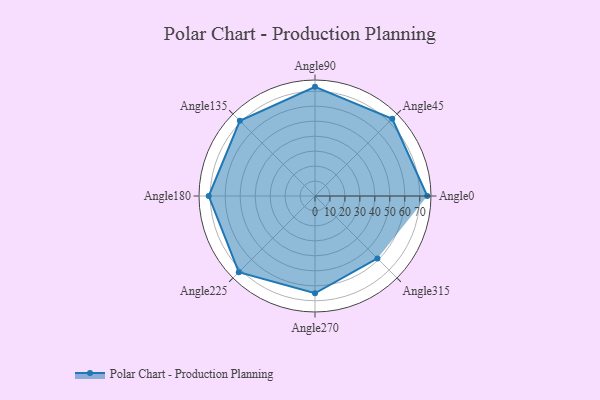
{"axis": {"x": "Angle", "y": "Radius"}, "legend": [""], "data": [{"x": "Angle0", "y": 75.0, "type": ""}, {"x": "Angle45", "y": 73.0, "type": ""}, {"x": "Angle90", "y": 73.0, "type": ""}, {"x": "Angle135", "y": 71.0, "type": ""}, {"x": "Angle180", "y": 71.0, "type": ""}, {"x": "Angle225", "y": 72.0, "type": ""}, {"x": "Angle270", "y": 65.0, "type": ""}, {"x": "Angle315", "y": 59.0, "type": ""}]}